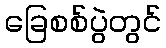
ခြေစစ်ပွဲတွင်